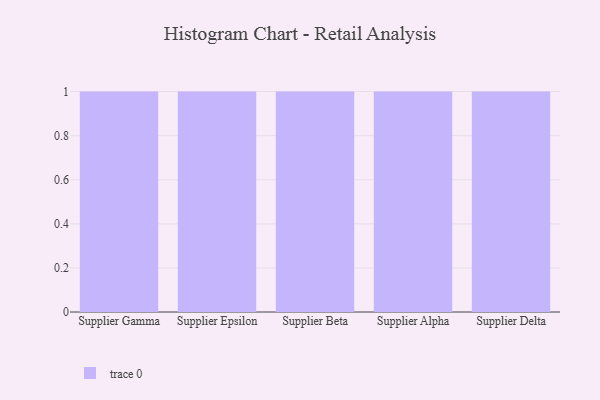
{"axis": {"x": "Supplier", "y": "Temperature (°C)"}, "legend": [""], "data": [{"x": "Supplier Gamma", "y": 83, "type": ""}, {"x": "Supplier Epsilon", "y": 84, "type": ""}, {"x": "Supplier Beta", "y": 15, "type": ""}, {"x": "Supplier Alpha", "y": 74, "type": ""}, {"x": "Supplier Delta", "y": 89, "type": ""}]}